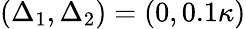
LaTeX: (\Delta_{1},\Delta_{2})=(0,0.1\kappa)